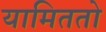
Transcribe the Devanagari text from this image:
यामिततो